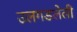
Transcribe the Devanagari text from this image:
उलगडलेली